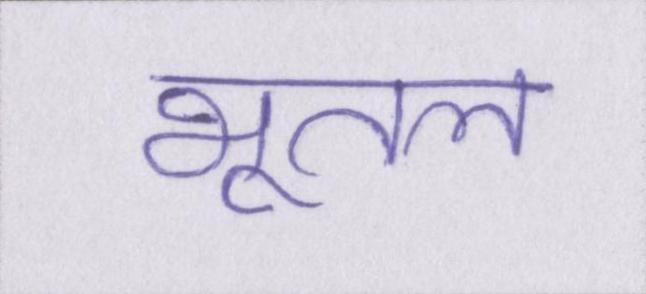
भूतल